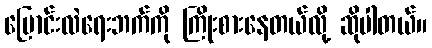
ပြောင်းလဲရေးဘက်ကို ကြိုးစားနေတယ်လို့ ဆိုပါတယ်။